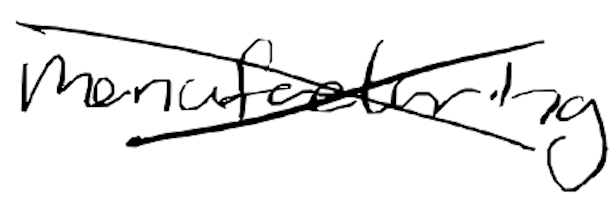
Text: manufacturing
Cross-out: cross
Writing tool: digital_black